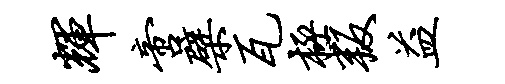
辉啻檗瓦极叛益